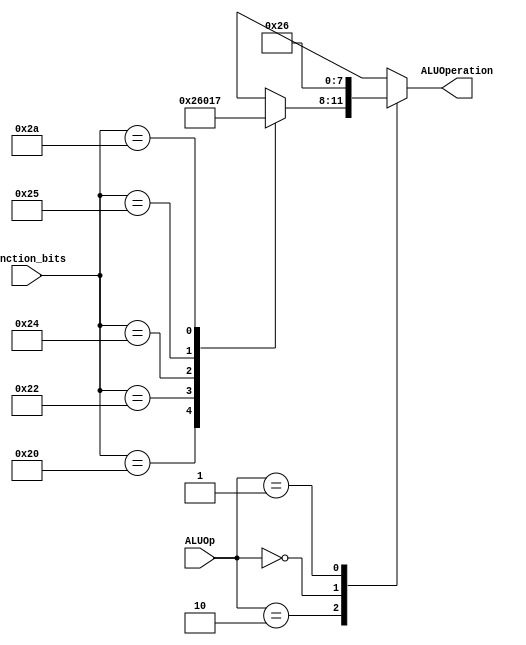
module ALU_Control(
    input [1:0] ALUOp,
    input [5:0] function_bits,
    output reg [3:0] ALUOperation
);

always @(ALUOp or function_bits) begin
    case(ALUOp)
        2'b10: begin // R-type instructions
            case(function_bits)
                6'b100000: ALUOperation <= 4'b0010; // ADD
                6'b100010: ALUOperation <= 4'b0110; // SUB
                6'b100100: ALUOperation <= 4'b0000; // AND
                6'b100101: ALUOperation <= 4'b0001; // OR
                6'b101010: ALUOperation <= 4'b0111; // SLT (Set on Less Than)
                default: ALUOperation <= 4'bxxxx; // Undefined
            endcase
        end
        2'b00: ALUOperation <= 4'b0010; // LW, SW, ADDI (for I-type instructions)
        2'b01: ALUOperation <= 4'b0110; // BEQ, BNE (for branches)
        default: ALUOperation <= 4'bxxxx; // Undefined for other cases
    endcase
end

endmodule